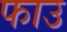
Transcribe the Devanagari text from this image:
फाउ